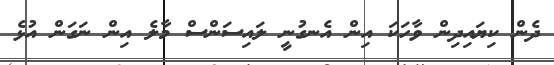
ދެން ކިޔައިދިން ވާހަކަ އިން އެނގުނީ ލައިސަންސް މާލެ އިން ނަގަން އުޅެ